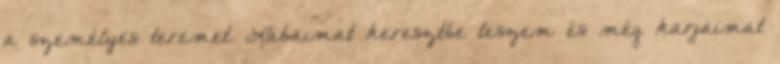
a személyes teremet. Lábaimat keresztbe teszem és még karjaimat